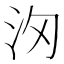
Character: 𣲢